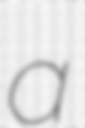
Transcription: a